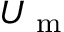
U _ { \mathrm { ~ m ~ } }